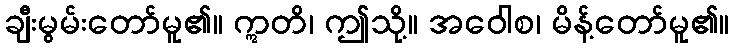
ချီးမွမ်းတော်မူ၏။ ဣတိ၊ ဤသို့။ အဝေါစ၊ မိန့်တော်မူ၏။